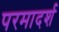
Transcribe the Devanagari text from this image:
परमादर्श